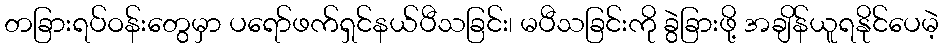
တခြားရပ်ဝန်းတွေမှာ ပရော်ဖက်ရှင်နယ်ပီသခြင်း၊ မပီသခြင်းကို ခွဲခြားဖို့ အချိန်ယူရနိုင်ပေမဲ့